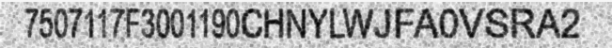
7507117F3001190CHNYLWJFA0VSRA2